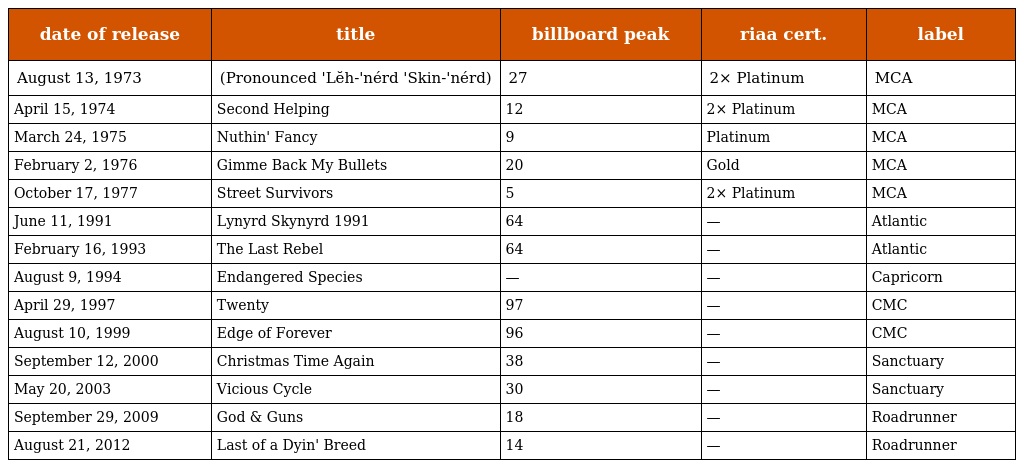
| date of release | title | billboard peak | riaa cert. | label |
 | --- | --- | --- | --- | --- |
 | August 13, 1973 | (Pronounced 'Lĕh-'nérd 'Skin-'nérd) | 27 | 2× Platinum | MCA |
 | April 15, 1974 | Second Helping | 12 | 2× Platinum | MCA |
 | March 24, 1975 | Nuthin' Fancy | 9 | Platinum | MCA |
 | February 2, 1976 | Gimme Back My Bullets | 20 | Gold | MCA |
 | October 17, 1977 | Street Survivors | 5 | 2× Platinum | MCA |
 | June 11, 1991 | Lynyrd Skynyrd 1991 | 64 | — | Atlantic |
 | February 16, 1993 | The Last Rebel | 64 | — | Atlantic |
 | August 9, 1994 | Endangered Species | — | — | Capricorn |
 | April 29, 1997 | Twenty | 97 | — | CMC |
 | August 10, 1999 | Edge of Forever | 96 | — | CMC |
 | September 12, 2000 | Christmas Time Again | 38 | — | Sanctuary |
 | May 20, 2003 | Vicious Cycle | 30 | — | Sanctuary |
 | September 29, 2009 | God & Guns | 18 | — | Roadrunner |
 | August 21, 2012 | Last of a Dyin' Breed | 14 | — | Roadrunner |